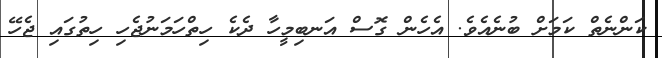
ކަންނެތް ކަމަށް ބުނެއެވެ. އެހެން ގޮސް އަނބިމީހާ ދެކެ ހިތްހަމަނުޖެހި ހިތުގައި ޖެހޭ